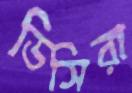
ডিসিরা